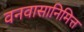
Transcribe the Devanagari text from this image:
वनवासानिमित्त